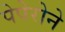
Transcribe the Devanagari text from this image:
पेपेरोने